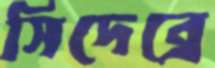
সিদেব্রে